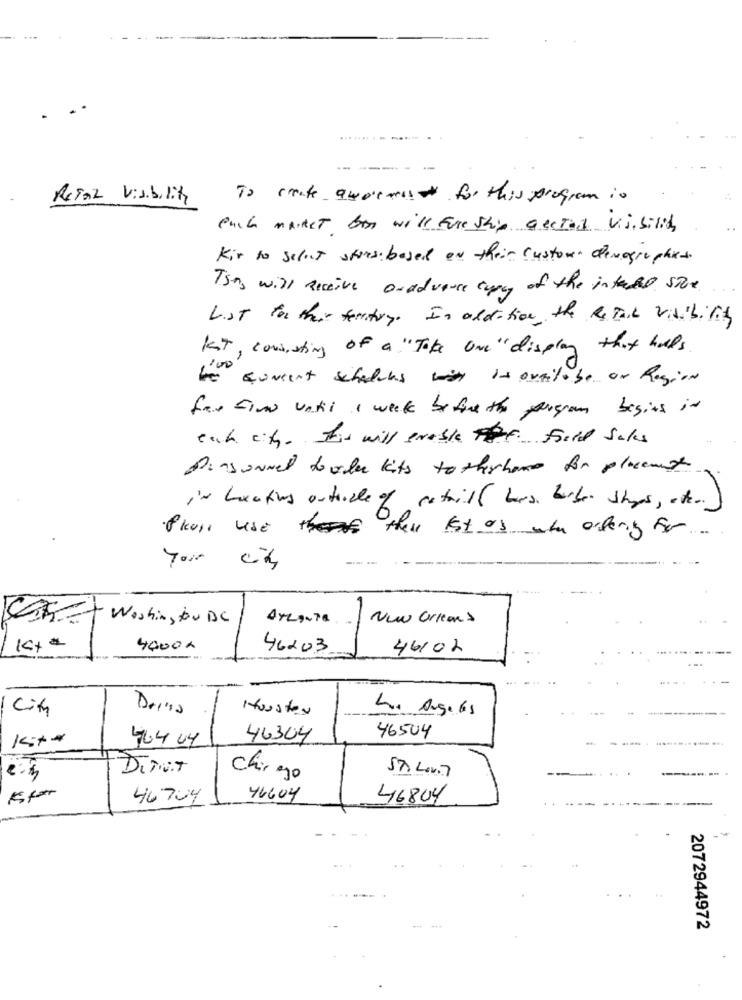
Refor Visibility
To create awormis for this program in
euch market Ben will Fare shin Gestad viability
Kir to selet stres: based on their customer demographics.
They will Receive anadvance copy of the intended sive.
List for their factory. In addition, the Retail visibility
Kat, consisting of a "Take one "display that holds
concent schadens with is available or Region
for time until I week before the program begins in
each with this will enable For Field Sales
Personnel to oder kits to theirhome for placent
Pluss use these ist as when ordering for .....
Your city
SEIT Washington DC
ATLANTA
New orleans
-
4000 x
46203
46102
City
Housten
Los Angeles
46.4 04
46304
46504
---
DITUT
Chirgo
46704
46604
46804
2072944972